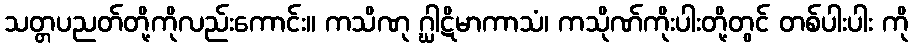
သတ္တပညတ်တို့ကိုလည်းကောင်း။ ကသိဏု ဂ္ဃါဋိမာကာသံ၊ ကသိုဏ်ကိုးပါးတို့တွင် တစ်ပါးပါး ကို